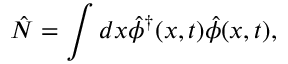
\hat { N } = \int d x \hat { \phi } ^ { \dagger } ( x , t ) \hat { \phi } ( x , t ) ,